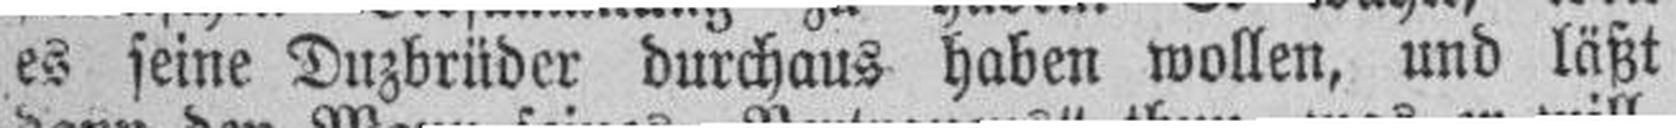
es seine Duzbrüder durchaus haben wollen, und läßt